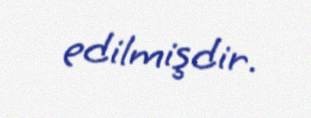
edilmişdir.